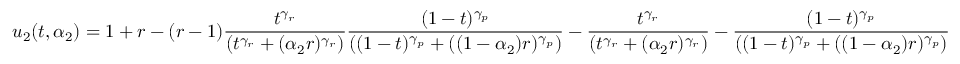
u _ { 2 } ( t , \alpha _ { 2 } ) = 1 + r - ( r - 1 ) \frac { t ^ { \gamma _ { r } } } { \left( t ^ { \gamma _ { r } } + ( \alpha _ { 2 } r ) ^ { \gamma _ { r } } \right) } \frac { ( 1 - t ) ^ { \gamma _ { p } } } { \left( ( 1 - t ) ^ { \gamma _ { p } } + ( ( 1 - \alpha _ { 2 } ) r ) ^ { \gamma _ { p } } \right) } - \frac { t ^ { \gamma _ { r } } } { \left( t ^ { \gamma _ { r } } + ( \alpha _ { 2 } r ) ^ { \gamma _ { r } } \right) } - \frac { ( 1 - t ) ^ { \gamma _ { p } } } { \left( ( 1 - t ) ^ { \gamma _ { p } } + ( ( 1 - \alpha _ { 2 } ) r ) ^ { \gamma _ { p } } \right) }